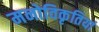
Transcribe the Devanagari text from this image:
मनोविकृतियां